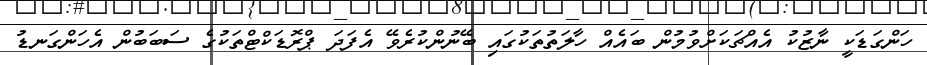
ހަންގަޑަކީ ނާޒުކު އެއްޗަކަށްވުމުން ބައެއް ހާލަތުތަކުގައި ބޭނުންކުރެވޭ އެފަދަ ޕްރޮޑަކްޓްތަކުގެ ސަބަބުން އެހަންގަނޑު